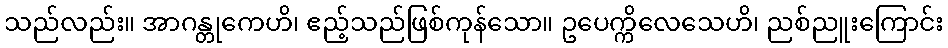
သည်လည်း။ အာဂန္တုကေဟိ၊ ဧည့်သည်ဖြစ်ကုန်သော။ ဥပေက္ကိလေသေဟိ၊ ညစ်ညူးကြောင်း